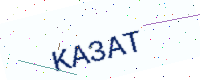
Text: KA3AT